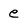
Character: e